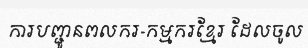
ការបញ្ជូនពលករ-កម្មករខ្មែរ ដែលចូល